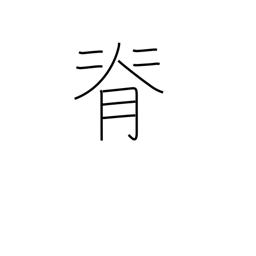
Meaning: stature